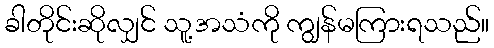
ခါတိုင်းဆိုလျှင် သူ့အသံကို ကျွန်မကြားရသည်။